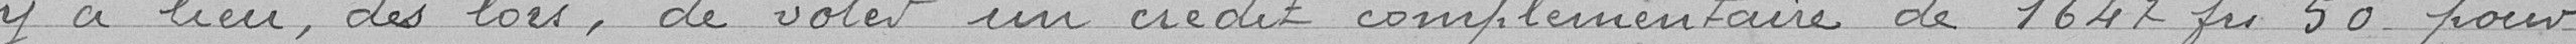
y a lieu, dès lors, de voter un crédit complémentaire de 1647 francs 50 pour